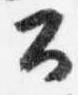
公